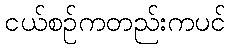
ငယ်စဉ်ကတည်းကပင်